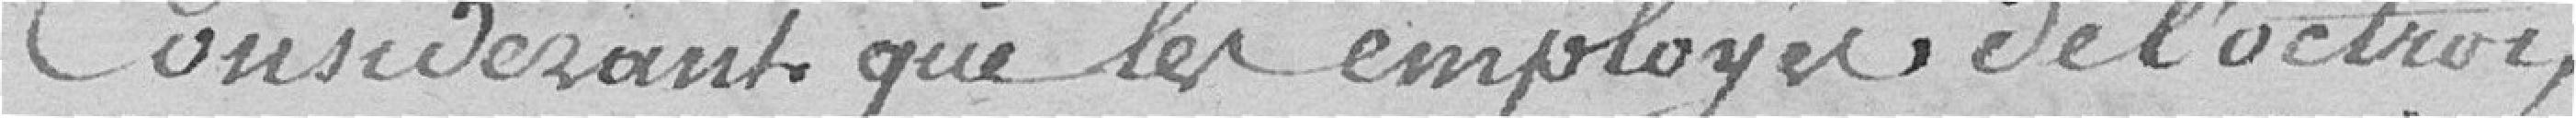
Considérant que les employés de l'Octroi,